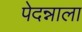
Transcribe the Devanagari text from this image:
पेदन्नाला